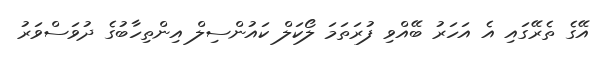
އޭގެ ތެރޭގައި އެ އަހަރު ބޭއްވި ފުރަތަމަ ލޯކަލް ކައުންސިލް އިންތިހާބުގެ ދުވަސްވަރު